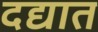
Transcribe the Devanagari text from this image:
दद्यात